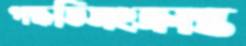
পদ্ধতিসংক্রান্ত